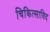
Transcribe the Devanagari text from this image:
चिकित्साविद